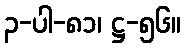
၃-ပါ-၈၁၊ ဋ္ဌ-၅၆။